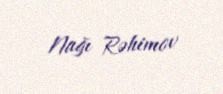
Nağı Rəhimov